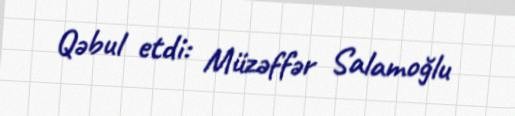
Qəbul etdi: Müzəffər Salamoğlu